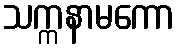
သက္ကနာမကော